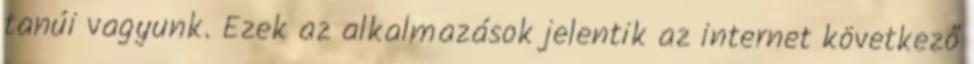
tanúi vagyunk. Ezek az alkalmazások jelentik az internet következő